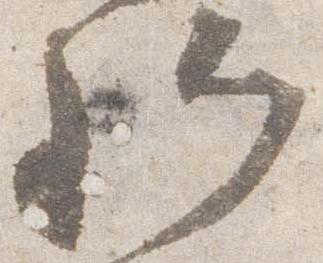
卿